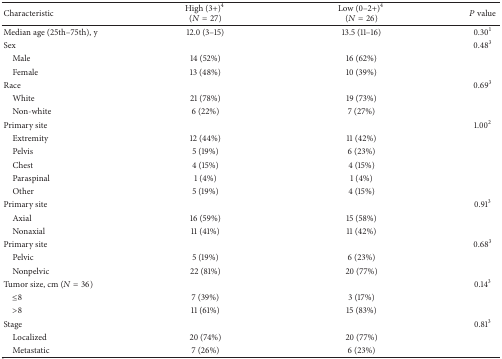
| Characteristic | High (3+)4 (N = 27) | Low (0–2+)4 (N = 26) | P value |
 | --- | --- | --- | --- |
 | Median age (25th–75th), y | 12.0 (3–15) | 13.5 (11–16) | 0.301 |
 | Sex |  |  | 0.483 |
 | Male | 14 (52%) | 16 (62%) |  |
 | Female | 13 (48%) | 10 (39%) |  |
 | Race |  |  | 0.693 |
 | White | 21 (78%) | 19 (73%) |  |
 | Non-white | 6 (22%) | 7 (27%) |  |
 | Primary site |  |  | 1.002 |
 | Extremity | 12 (44%) | 11 (42%) |  |
 | Pelvis | 5 (19%) | 6 (23%) |  |
 | Chest | 4 (15%) | 4 (15%) |  |
 | Paraspinal | 1 (4%) | 1 (4%) |  |
 | Other | 5 (19%) | 4 (15%) |  |
 | Primary site |  |  | 0.913 |
 | Axial | 16 (59%) | 15 (58%) |  |
 | Nonaxial | 11 (41%) | 11 (42%) |  |
 | Primary site |  |  | 0.683 |
 | Pelvic | 5 (19%) | 6 (23%) |  |
 | Nonpelvic | 22 (81%) | 20 (77%) |  |
 | Tumor size, cm (N = 36) |  |  | 0.143 |
 | ≤8 | 7 (39%) | 3 (17%) |  |
 | >8 | 11 (61%) | 15 (83%) |  |
 | Stage |  |  | 0.813 |
 | Localized | 20 (74%) | 20 (77%) |  |
 | Metastatic | 7 (26%) | 6 (23%) |  |